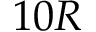
1 0 R